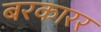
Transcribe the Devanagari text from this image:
बरकारर